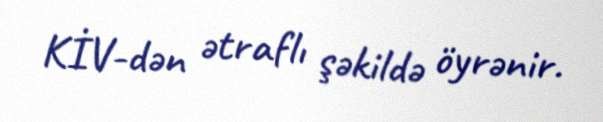
KİV-dən ətraflı şəkildə öyrənir.